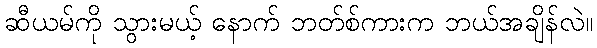
ဆီယမ်ကို သွားမယ့် နောက် ဘတ်စ်ကားက ဘယ်အချိန်လဲ။